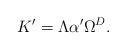
LaTeX: \begin{align*}K'=\Lambda \alpha ' \Omega^{D}. \end{align*}